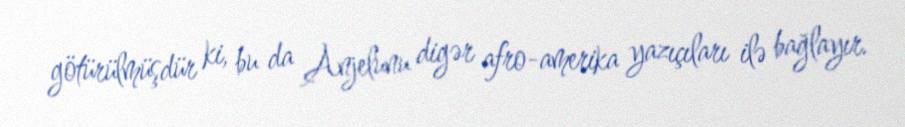
götürülmüşdür ki, bu da Anjelunu digər afro-amerika yazıçıları ilə bağlayır.